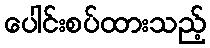
ပေါင်းစပ်ထားသည့်